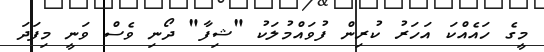
މީގެ ހައެއްކަ އަހަރު ކުރިން ފުވައްމުލަކު "ޝިފާ" ދޯނި ވެސް ވަނީ މިފަދަ